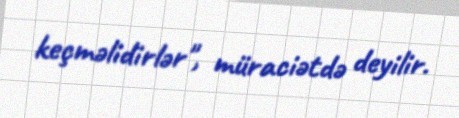
keçməlidirlər", müraciətdə deyilir.